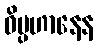
ဝိပ္ပဟာနေန